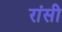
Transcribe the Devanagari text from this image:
रांसी